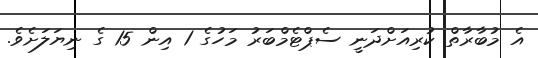
އެ މުބާރާތް ކުރިއަށްދަނީ ސެޕްޓެމްބަރު މަހުގެ 1 އިން 15 ގެ ނިޔަލަށެވެ.